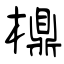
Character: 檙